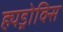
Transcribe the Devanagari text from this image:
ह्यड्रोक्सि